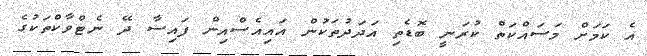
އެ ކަމަށް މަސައްކަތް ކުރަނީ ބޮޑެތި އަދަދުތަކުން އައިއެސްއިން ފައިސާ ދޭ ނެޓްވާކްތަކުގެ